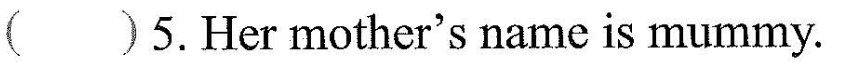
()5.Her mother's name is mummy.